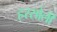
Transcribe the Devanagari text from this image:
हरसोली